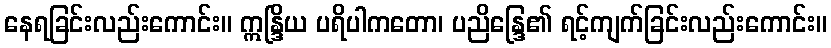
နေရခြင်းလည်းကောင်း။ ဣန္ဒြိယ ပရိပါကတော၊ ပညိန္ဒြေ၏ ရင့်ကျက်ခြင်းလည်းကောင်း။